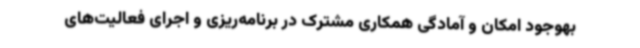
بهوجود امکان و آمادگی همکاری مشترک در برنامه‌ریزی و اجرای فعالیت‌های